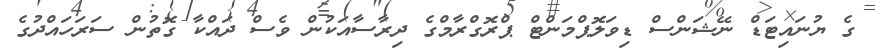
ގެ ޔުނައިޓަޑް ނޭޝަންސް ޑިވަލޮޕްމަންޓް ޕްރޮގްރާމްގެ ދިރާސާއަކުން ވެސް ދައްކާ ގޮތުން ސަރަހައްދުގެ